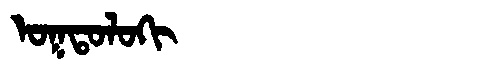
Manchu: ᠣᡴᡨᠣᠯᠣᡴᡳ
Romanization: OKTOLOKI